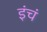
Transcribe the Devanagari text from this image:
इंचं